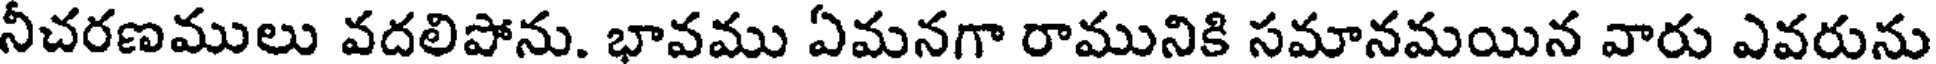
నీచరణములు వదలిపోను. భావము ఏమనగా రామునికి సమానమయిన వారు ఎవరును